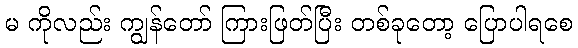
မ ကိုလည်း ကျွန်တော် ကြားဖြတ်ပြီး တစ်ခုတော့ ပြောပါရစေ